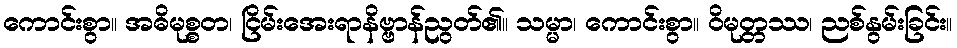
ကောင်းစွာ။ အဓိမုစ္စတ၊ ငြိမ်းအေးရာနိဗ္ဗာန်ညွတ်၏။ သမ္မာ၊ ကောင်းစွာ။ ဝိမုတ္တဿ၊ ညစ်နွမ်းခြင်း။